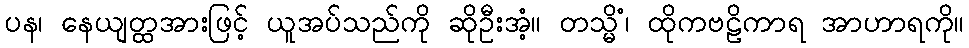
ပန၊ နေယျတ္ထအားဖြင့် ယူအပ်သည်ကို ဆိုဦးအံ့။ တသ္မိံ၊ ထိုကဗဠိကာရ အာဟာရကို။